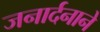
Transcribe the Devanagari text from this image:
जनार्दनाने